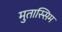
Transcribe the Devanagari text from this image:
मुतास्सिम